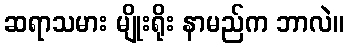
ဆရာသမား မျိုးရိုး နာမည်က ဘာလဲ။